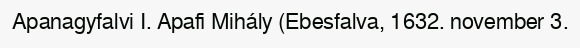
Apanagyfalvi I. Apafi Mihály (Ebesfalva, 1632. november 3.